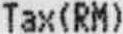
TAX(RM)